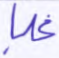
غلبا